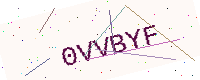
Text: 0VVBYF